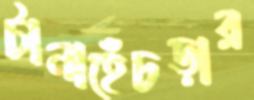
টানাহেঁচড়ার